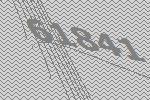
61841